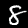
Digit: 8